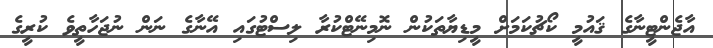
އާޖެންޓީނާގެ ޤައުމީ ކޯޗުކަމަށް މީޑިޔާތަކުން ނޮމިނޭޓްކުރާ ލިސްޓުގައި އޭނާގެ ނަން ނުޖަހާތީވެ ކުރީގެ